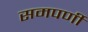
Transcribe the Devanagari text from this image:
समपर्णी